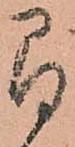
間